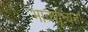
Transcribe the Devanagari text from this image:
भावशून्यता